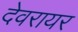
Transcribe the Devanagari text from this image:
देवरायर